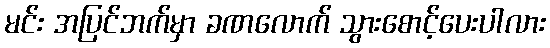
မင်း အပြင်ဘက်မှာ ခဏလောက် သွားစောင့်ပေးပါလား